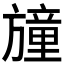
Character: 𣄛